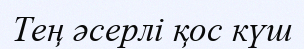
Тең әсерлі қос күш